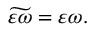
\widetilde { \varepsilon \omega } = \varepsilon \omega .